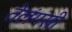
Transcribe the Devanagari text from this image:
तेलंगसी